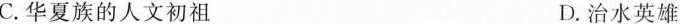
C.华夏族的人文初祖 D.治水英雄